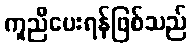
ကူညီပေးရန်ဖြစ်သည်